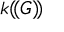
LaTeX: k ( \! ( G ) \! )